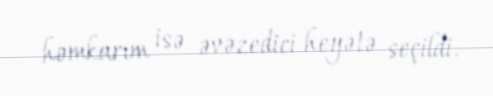
həmkarım isə əvəzedici heyətə seçildi.